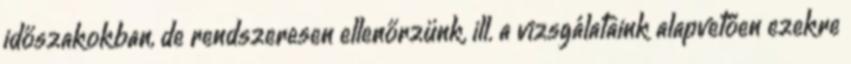
időszakokban, de rendszeresen ellenőrzünk, ill. a vizsgálataink alapvetően ezekre